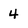
Character: 4